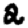
Digit: 2